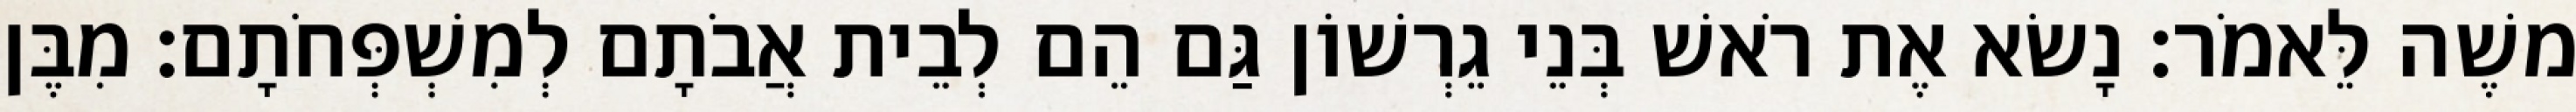
משֶׁה לֵּאמֹר׃ נָשׂא אֶת רֹאשׁ בְּנֵי גֵרְשׁוֹן גַּם הֵם לְבֵית אֲבֹתָם לְמִשְׁפְּחֹתָם׃ מִבֶּן